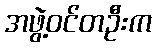
အဖွဲ့ဝင်တဦးက